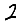
Digit: 2